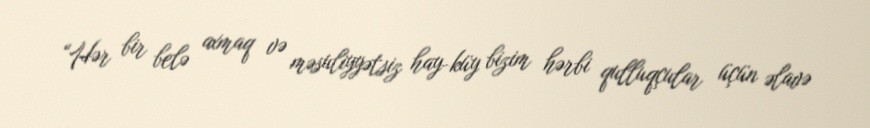
“Hər bir belə axmaq və məsuliyyətsiz hay-küy bizim hərbi qulluqçular üçün əlavə